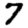
Digit: 7